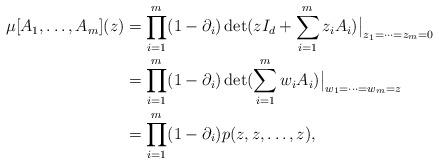
LaTeX: \begin{align*}\mu[A_1, \dots, A_m](z)&= \prod_{i=1}^{m} (1-\partial_i)\det(zI_d+\sum_{i=1}^{m}z_iA_i )\big|_{z_1=\dots=z_m=0}\\&= \prod_{i=1}^{m} (1-\partial_i)\det(\sum_{i=1}^{m}w_iA_i)\big|_{w_1=\dots=w_m=z}\\&= \prod_{i=1}^{m} (1-\partial_i) p(z,z, \dots, z),\end{align*}